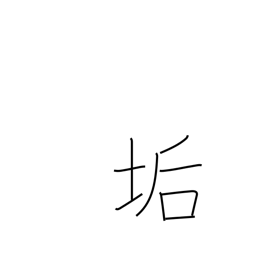
Meaning: earwax